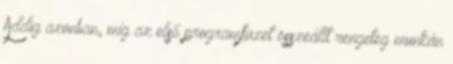
Addig azonban, míg az első programfüzet összeállt rengeteg munkán